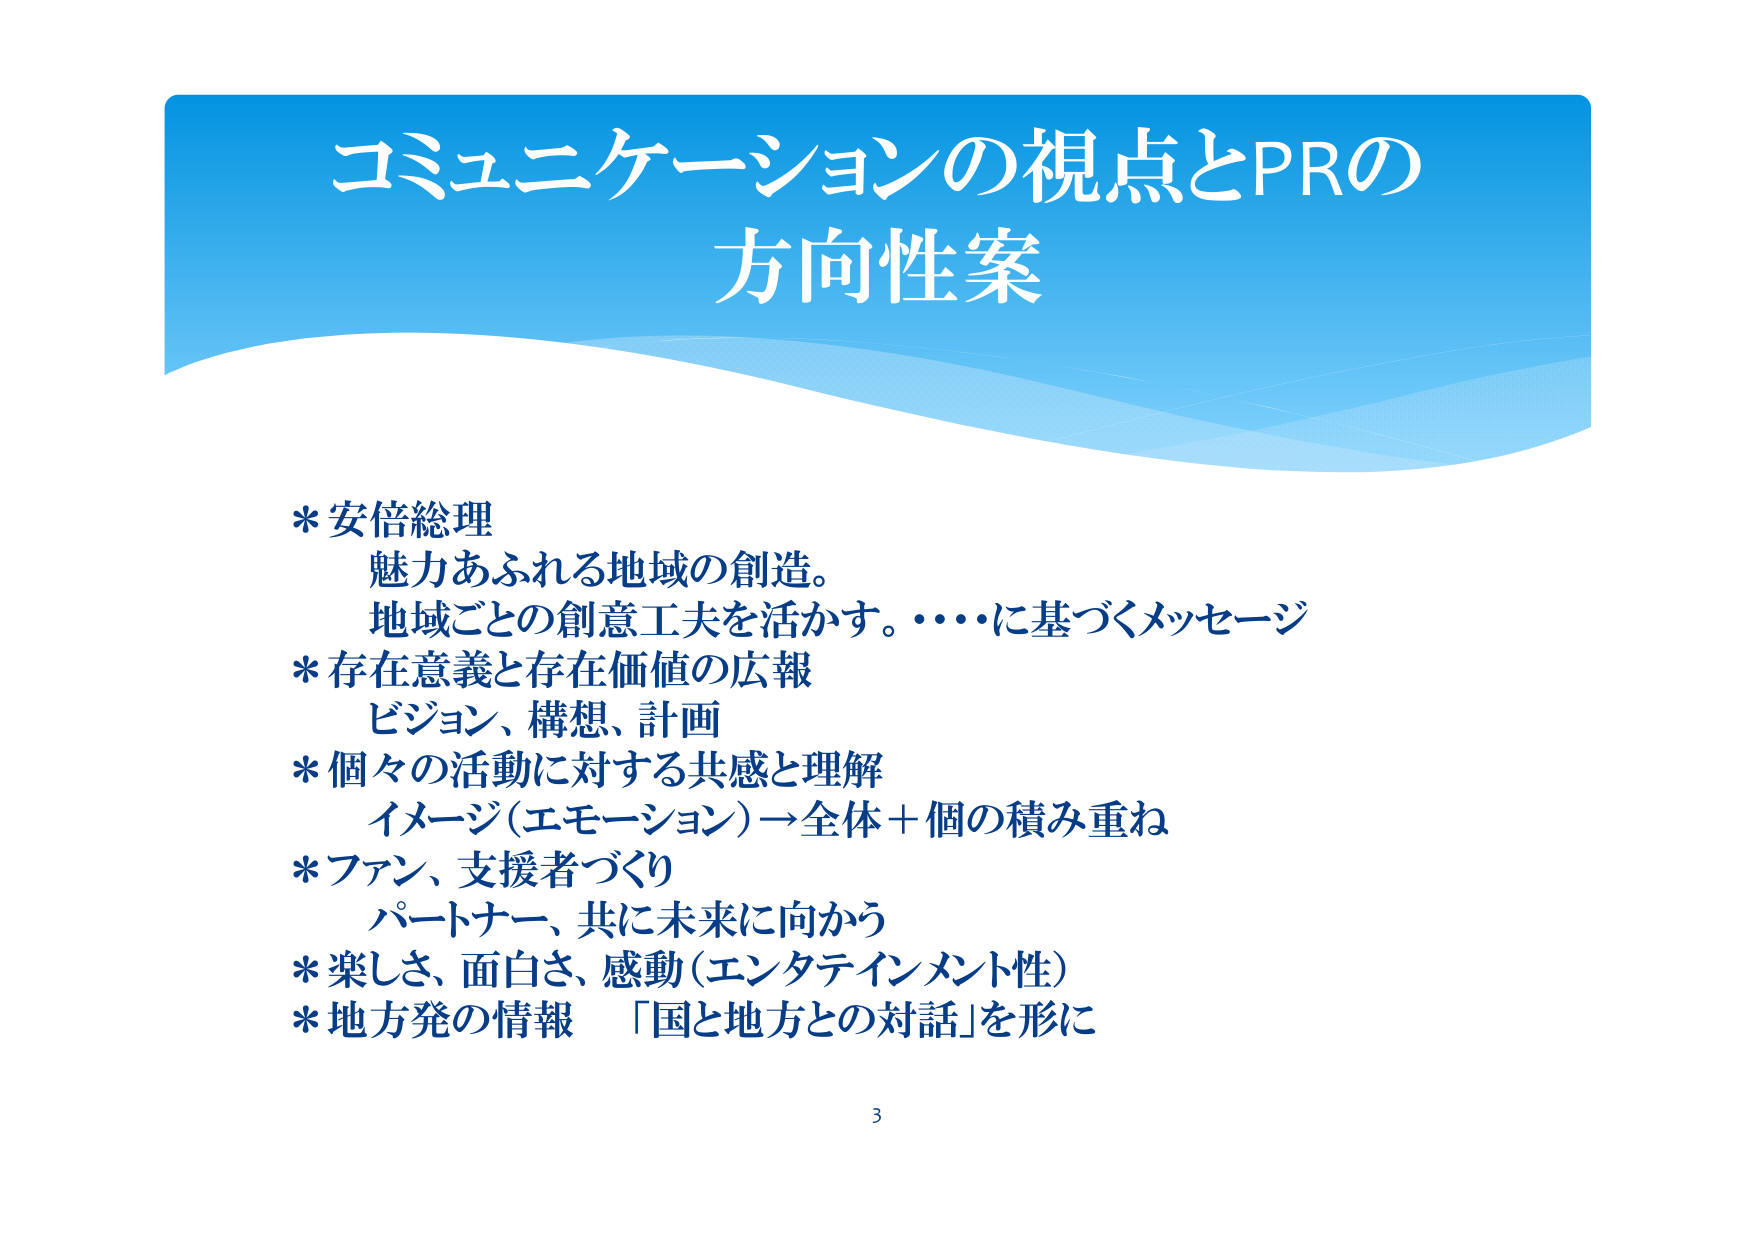
コミュニケーションの視点とPRの
方向性案

* 安倍総理
　魅力あふれる地域の創造。
　地域ごとの創意工夫を活かす。・・・・に基づくメッセージ
* 存在意義と存在価値の広報
　ビジョン、構想、計画
* 個々の活動に対する共感と理解
　イメージ（エモーション）→全体＋個の積み重ね
* ファン、支援者づくり
　パートナー、共に未来に向かう
* 楽しさ、面白さ、感動（エンタテインメント性）
* 地方発の情報　「国と地方との対話」を形に

3